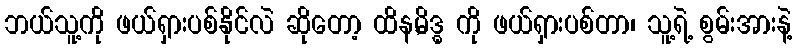
ဘယ်သူ့ကို ဖယ်ရှားပစ်နိုင်လဲ ဆိုတော့ ထိန,မိဒ္ဓ ကို ဖယ်ရှားပစ်တာ၊ သူ့ရဲ့ စွမ်းအားနဲ့